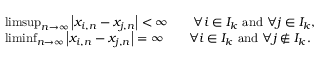
\begin{array} { r l } & { \operatorname* { l i m s u p } _ { n \to \infty } \left| x _ { i , n } - x _ { j , n } \right| < \infty \qquad \forall i \in I _ { k } \ \mathrm { a n d } \ \forall j \in I _ { k } , } \\ & { \operatorname* { l i m i n f } _ { n \to \infty } \left| x _ { i , n } - x _ { j , n } \right| = \infty \qquad \forall i \in I _ { k } \ \mathrm { a n d } \ \forall j \not \in I _ { k } . } \end{array}